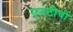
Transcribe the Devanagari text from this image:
एनटीची